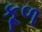
કૂળ